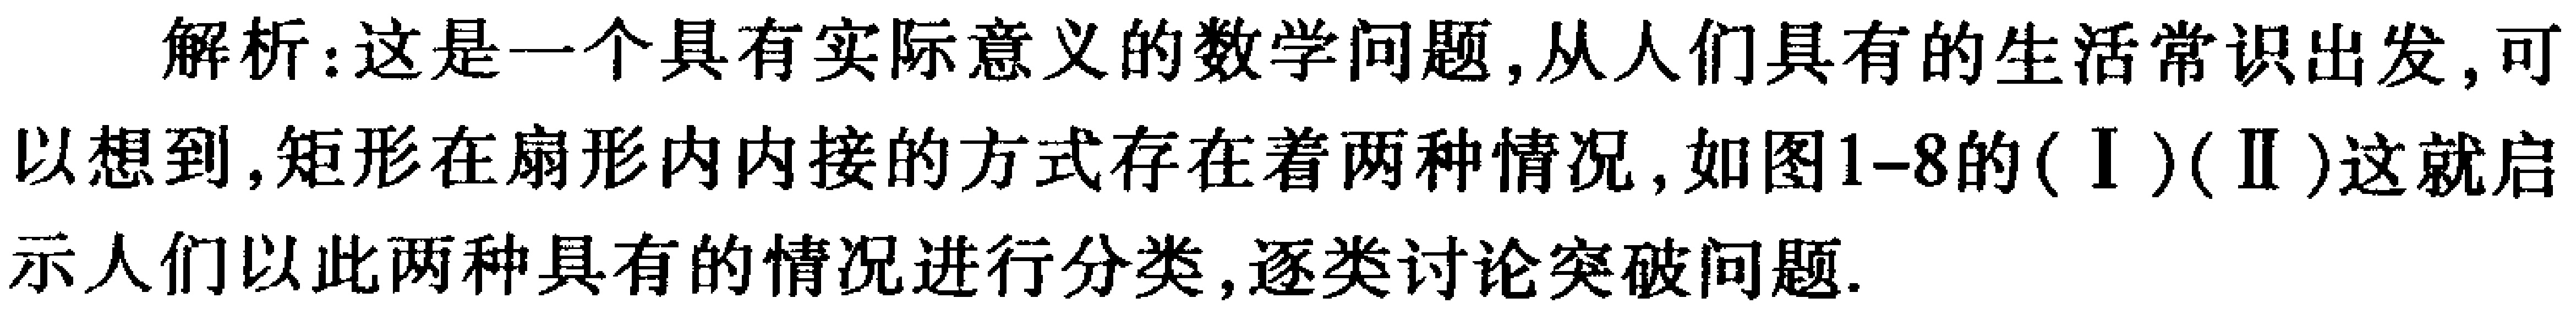
解析：这是一个具有实际意义的数学问题,从人们具有的生活常识出发,可以想到,矩形在扇形内内接的方式存在着两种情况,如图1-8的(Ⅰ)(Ⅱ)这就启示人们以此两种具有的情况进行分类,逐类讨论突破问题.